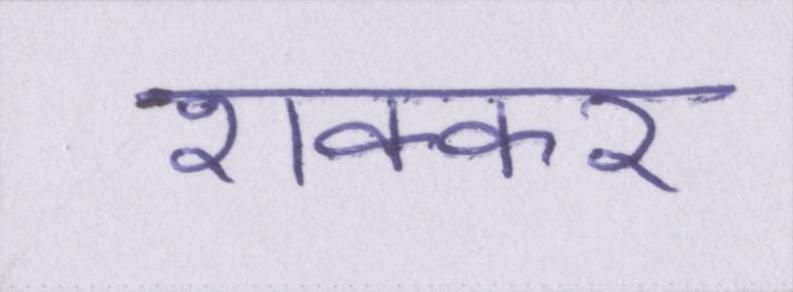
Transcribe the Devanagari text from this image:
शक्कर